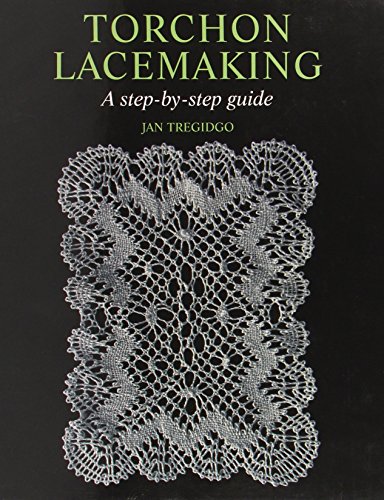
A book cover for Torchon Lacemaking: A Step-by-Step Guide; Jan Tregidgo; Crafts, Hobbies & Home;